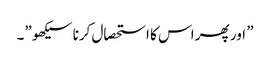
” اور پھر اس کا استحصال کرنا سیکھو”۔